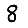
Digit: 8